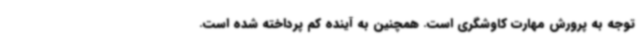
توجه به پرورش مهارت کاوشگری است. همچنین به آینده کم پرداخته شده است.